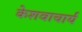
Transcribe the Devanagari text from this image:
केशवाचार्य